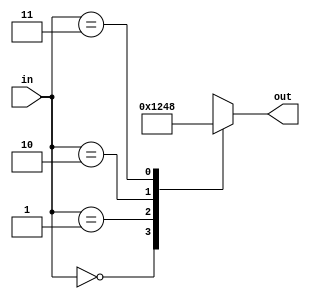
module decoder_2_to_4(
    input [1:0] in,
    output reg [3:0] out
);

always @ (in) begin
    case(in)
        2'b00: out = 4'b0001; 
        2'b01: out = 4'b0010; 
        2'b10: out = 4'b0100; 
        2'b11: out = 4'b1000; 
        default: out = 4'b0000;
    endcase
end

endmodule